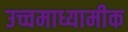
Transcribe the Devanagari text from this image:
उच्चमाध्यामीक